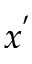
x ^ { ' }